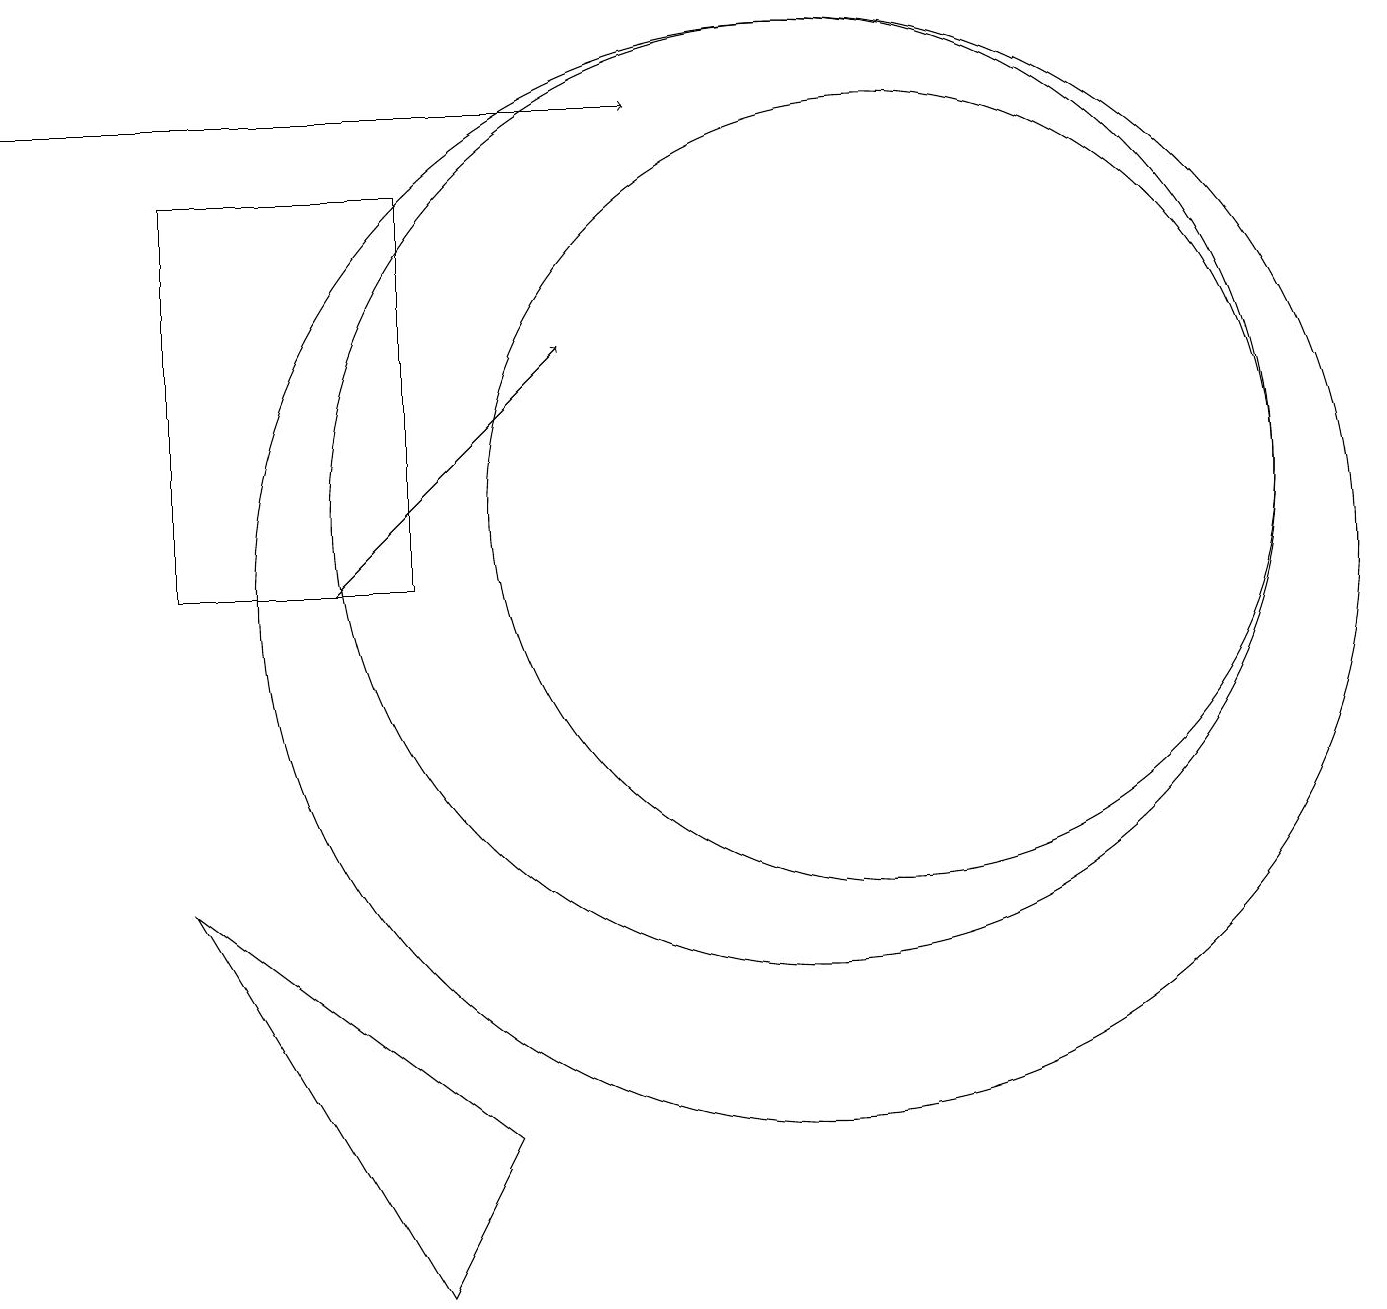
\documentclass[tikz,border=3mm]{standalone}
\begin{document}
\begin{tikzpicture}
\draw (11,11) circle (5);
\draw (5,15) rectangle (2,10);
\draw (10,11) circle (6);
\draw (6,3) -- (5,1) -- (2,6) -- cycle;
\draw[->] (0,16) -- (8,16);
\draw[->] (4,10) -- (7,13);
\draw (10,10) circle (7);
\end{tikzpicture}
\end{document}